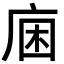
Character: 𢈛